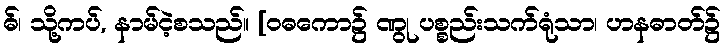
ဓ်၊ သို့ကပ်, နာမ်ငဲ့စသည်။ [ဝဓကော၌ ဏွု ပစ္စည်းသက်ရုံသာ၊ ဟနဓာတ်၌